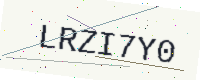
Text: LRZI7Y0